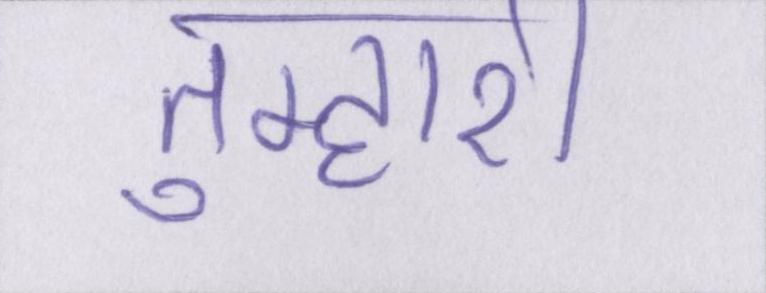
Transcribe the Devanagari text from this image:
तुम्हारी